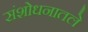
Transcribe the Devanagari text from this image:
संशोधनातले